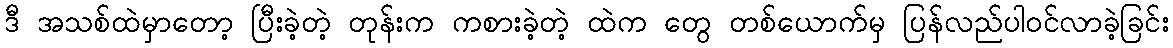
ဒီ အသစ်ထဲမှာတော့ ပြီးခဲ့တဲ့ တုန်းက ကစားခဲ့တဲ့ ထဲက တွေ တစ်ယောက်မှ ပြန်လည်ပါဝင်လာခဲ့ခြင်း